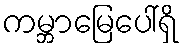
ကမ္ဘာမြေပေါ်ရှိ